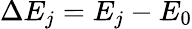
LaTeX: \Delta E_{j}=E_{j}-E_{0}